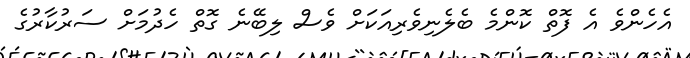
އެހެންވެ އެ ފޮތް ކޮންމެ ބެލެނިވެރިއަކަށް ވެސް ލިބޭނެ ގޮތް ހެދުމަށް ސަރުކާރުގެ